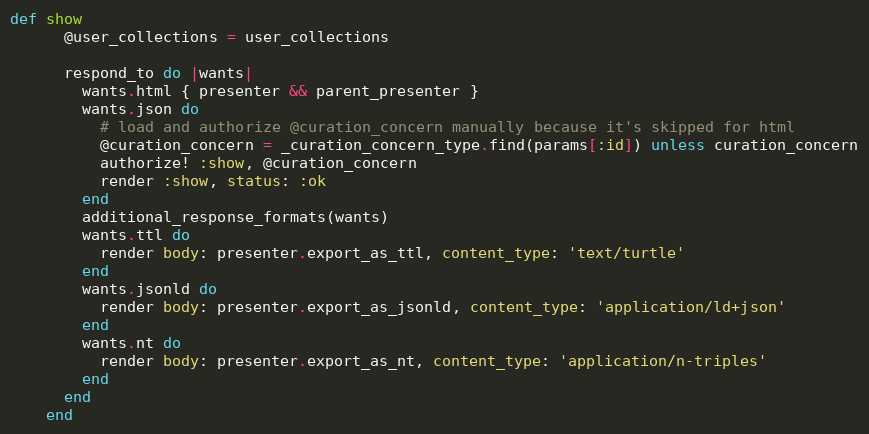
Language: Ruby
def show
      @user_collections = user_collections

      respond_to do |wants|
        wants.html { presenter && parent_presenter }
        wants.json do
          # load and authorize @curation_concern manually because it's skipped for html
          @curation_concern = _curation_concern_type.find(params[:id]) unless curation_concern
          authorize! :show, @curation_concern
          render :show, status: :ok
        end
        additional_response_formats(wants)
        wants.ttl do
          render body: presenter.export_as_ttl, content_type: 'text/turtle'
        end
        wants.jsonld do
          render body: presenter.export_as_jsonld, content_type: 'application/ld+json'
        end
        wants.nt do
          render body: presenter.export_as_nt, content_type: 'application/n-triples'
        end
      end
    end